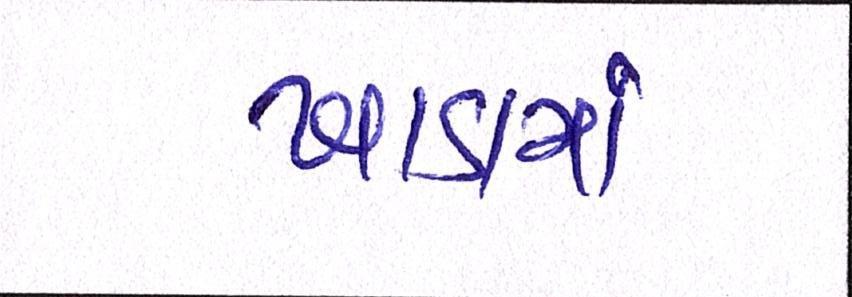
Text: ખાડામાં